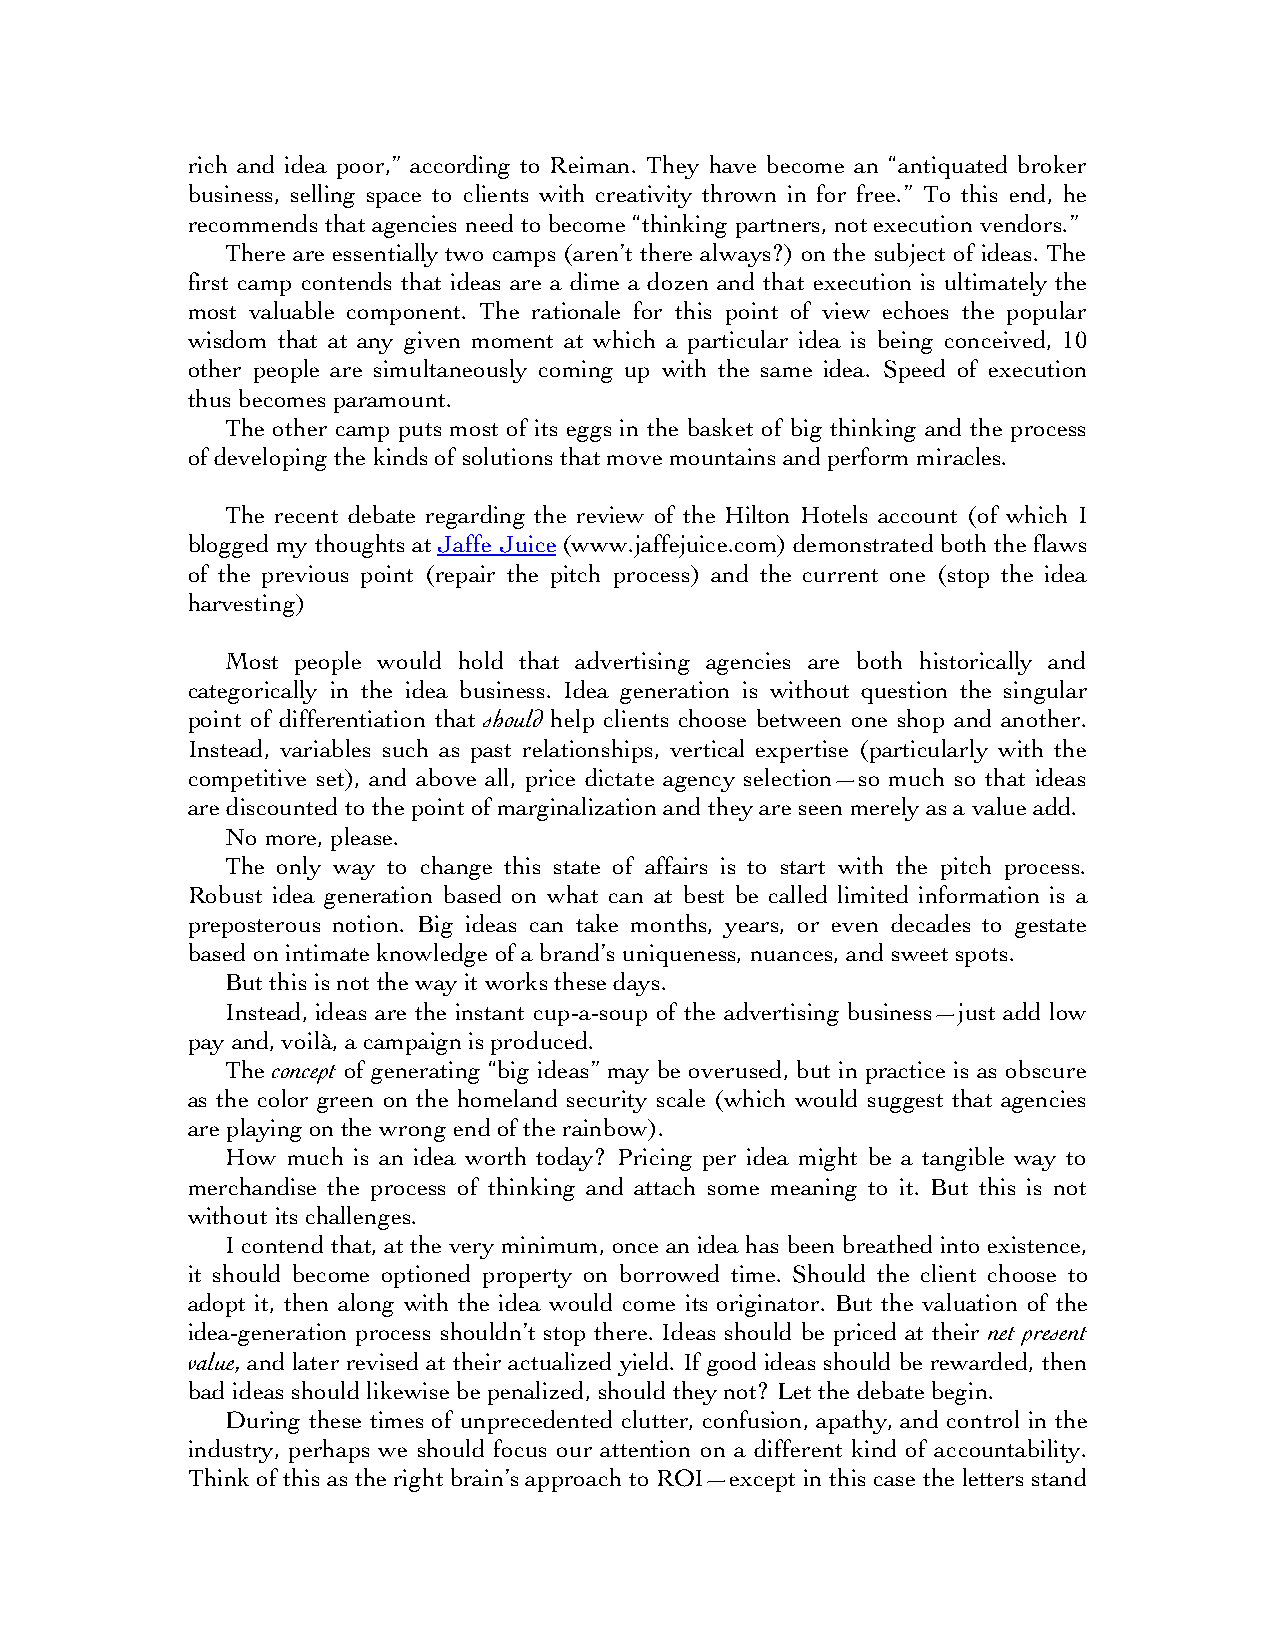
rich and idea poor,” according to Reiman. They have become an “antiquated broker
 business, selling space to clients with creativity thrown in for free.” To this end, he
 recommends that agencies need to become “thinking partners, not execution vendors.”
 There are essentially two camps (aren’t there always?) on the subject of ideas. The
 first camp contends that ideas are a dime a dozen and that execution is ultimately the
 most valuable component. The rationale for this point of view echoes the popular
 wisdom that at any given moment at which a particular idea is being conceived, 10
 other people are simultaneously coming up with the same idea. Speed of execution
 thus becomes paramount.
 The other camp puts most of its eggs in the basket of big thinking and the process
 of developing the kinds of solutions that move mountains and perform miracles.
 The recent debate regarding the review of the Hilton Hotels account (of which I
 blogged my thoughts at Jaffe Juice (www.jaffejuice.com) demonstrated both the flaws
 of the previous point (repair the pitch process) and the current one (stop the idea
 harvesting)
 Most people would hold that advertising agencies are both historically and
 categorically in the idea business. Idea generation is without question the singular
 point of differentiation that should help clients choose between one shop and another.
 Instead, variables such as past relationships, vertical expertise (particularly with the
 competitive set), and above all, price dictate agency selection—so much so that ideas
 are discounted to the point of marginalization and they are seen merely as a value add.
 No more, please.
 The only way to change this state of affairs is to start with the pitch process.
 Robust idea generation based on what can at best be called limited information is a
 preposterous notion. Big ideas can take months, years, or even decades to gestate
 based on intimate knowledge of a brand’s uniqueness, nuances, and sweet spots.
 But this is not the way it works these days.
 Instead, ideas are the instant cup-a-soup of the advertising business—just add low
 pay and, voilà, a campaign is produced.
 The concept of generating “big ideas” may be overused, but in practice is as obscure
 as the color green on the homeland security scale (which would suggest that agencies
 are playing on the wrong end of the rainbow).
 How much is an idea worth today? Pricing per idea might be a tangible way to
 merchandise the process of thinking and attach some meaning to it. But this is not
 without its challenges.
 I contend that, at the very minimum, once an idea has been breathed into existence,
 it should become optioned property on borrowed time. Should the client choose to
 adopt it, then along with the idea would come its originator. But the valuation of the
 idea-generation process shouldn’t stop there. Ideas should be priced at their net present
 value, and later revised at their actualized yield. If good ideas should be rewarded, then
 bad ideas should likewise be penalized, should they not? Let the debate begin.
 During these times of unprecedented clutter, confusion, apathy, and control in the
 industry, perhaps we should focus our attention on a different kind of accountability.
 Think of this as the right brain’s approach to ROI—except in this case the letters stand